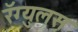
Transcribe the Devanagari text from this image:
रॅग्युलस